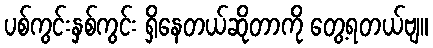
ပစ်ကွင်းနှစ်ကွင်း ရှိနေတယ်ဆိုတာကို တွေ့ရတယ်ဗျ။